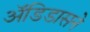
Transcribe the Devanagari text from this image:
अॅडिडासने